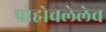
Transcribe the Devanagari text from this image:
पोहोचलेलेच